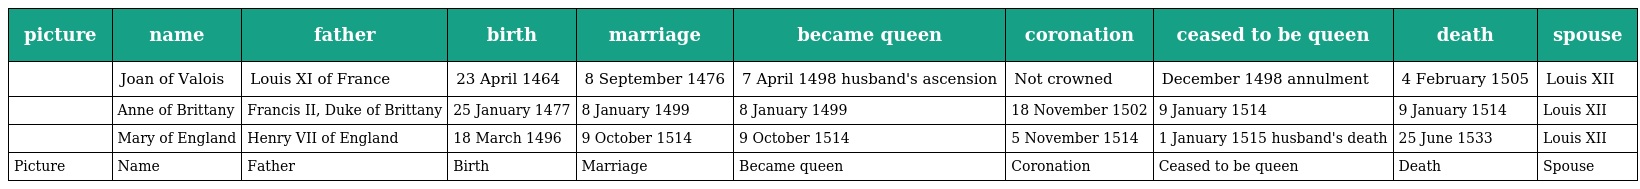
| picture | name | father | birth | marriage | became queen | coronation | ceased to be queen | death | spouse |
 | --- | --- | --- | --- | --- | --- | --- | --- | --- | --- |
 |  | Joan of Valois | Louis XI of France | 23 April 1464 | 8 September 1476 | 7 April 1498 husband's ascension | Not crowned | December 1498 annulment | 4 February 1505 | Louis XII |
 |  | Anne of Brittany | Francis II, Duke of Brittany | 25 January 1477 | 8 January 1499 | 8 January 1499 | 18 November 1502 | 9 January 1514 | 9 January 1514 | Louis XII |
 |  | Mary of England | Henry VII of England | 18 March 1496 | 9 October 1514 | 9 October 1514 | 5 November 1514 | 1 January 1515 husband's death | 25 June 1533 | Louis XII |
 | Picture | Name | Father | Birth | Marriage | Became queen | Coronation | Ceased to be queen | Death | Spouse |